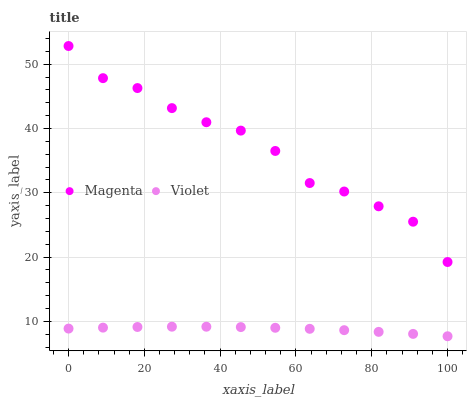
| xaxis_label | Magenta | Violet |
 | --- | --- | --- |
 | 0 | 52.8 | 8.88 |
 | 9.09 | 47.8 | 9.03 |
 | 18.2 | 46.3 | 9.13 |
 | 27.3 | 43.2 | 9.17 |
 | 36.4 | 41 | 9.17 |
 | 45.5 | 39.7 | 9.11 |
 | 54.5 | 36.5 | 9 |
 | 63.6 | 31.5 | 8.84 |
 | 72.7 | 30.2 | 8.63 |
 | 81.8 | 27.9 | 8.37 |
 | 90.9 | 25.5 | 8.05 |
 | 100 | 19.2 | 7.69 |